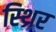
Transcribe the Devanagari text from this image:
स्थ्रिर